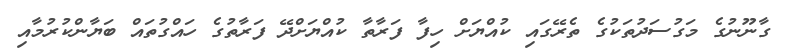
ގާނޫނުގެ މަގުސަދުތަކުގެ ތެރޭގައި ކުއްޔަށް ހިފާ ފަރާތާ ކުއްޔަށްދޭ ފަރާތުގެ ހައްގުތައް ބަޔާންކުރުމާއި